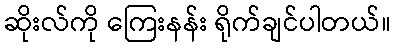
ဆိုးလ်ကို ကြေးနန်း ရိုက်ချင်ပါတယ်။